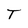
Character: T